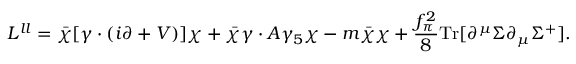
{ \cal L } ^ { l l } = \bar { \chi } [ \gamma \cdot ( i \partial + { \cal V } ) ] \chi + \bar { \chi } \gamma \cdot { \cal A } \gamma _ { 5 } \chi - m \bar { \chi } \chi + \frac { f _ { \pi } ^ { 2 } } { 8 } \mathrm { T r } [ \partial ^ { \mu } \Sigma \partial _ { \mu } \Sigma ^ { + } ] .